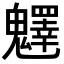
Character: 𩴮